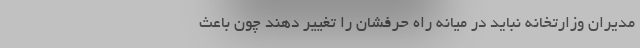
مدیران وزارتخانه نباید در میانه راه حرفشان را تغییر دهند چون باعث